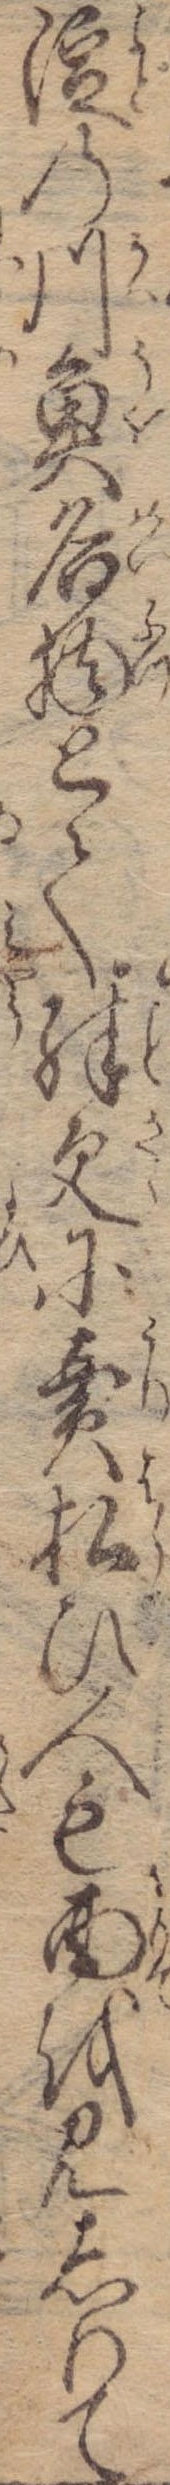
淀の川魚名物とて殊更に売払ひ人も面を見しりて